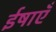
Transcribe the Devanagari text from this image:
ईषाएँ